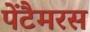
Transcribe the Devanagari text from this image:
पेंटैमरस